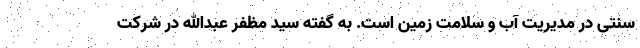
سنتی در مدیریت آب و سلامت زمین است. به گفته سید مظفر عبدالله در شرکت